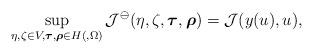
LaTeX: \begin{align*} \sup_{\substack{\eta, \zeta \in V, \boldsymbol{\tau}, \boldsymbol{\rho} \in H(,\Omega)}} \mathcal{J}^\ominus(\eta,{\zeta},\boldsymbol{\tau},\boldsymbol{\rho}) = \mathcal{J}(y(u),u),\end{align*}